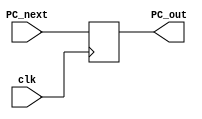
// Name: Danish Mehmood
// Roll No.: 210297

module Program_counter (
    clk,
    PC_next,
    PC_out
);

input clk;
input [31:0] PC_next;
output reg [31:0] PC_out;

initial begin
    PC_out = -4;   // preventing default
end

always @ (posedge clk) begin
    PC_out = PC_next;
end

endmodule